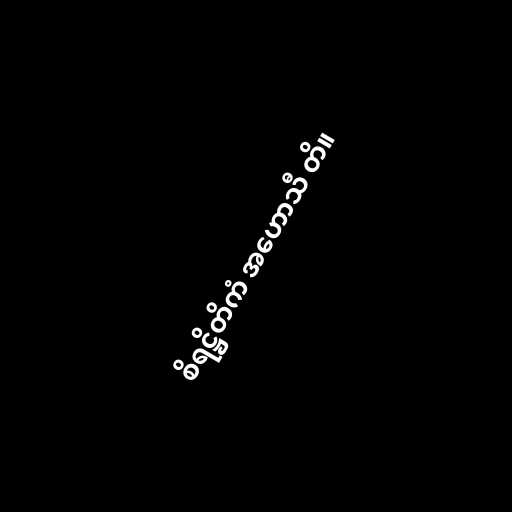
စိရဋ္ဌိတိကံ အဟောသီ တိ။